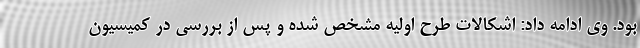
بود. وی ادامه داد: اشکالات طرح اولیه مشخص شده و پس از بررسی در کمیسیون